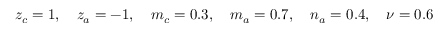
z _ { c } = 1 , \quad z _ { a } = - 1 , \quad m _ { c } = 0 . 3 , \quad m _ { a } = 0 . 7 , \quad n _ { a } = 0 . 4 , \quad \nu = 0 . 6